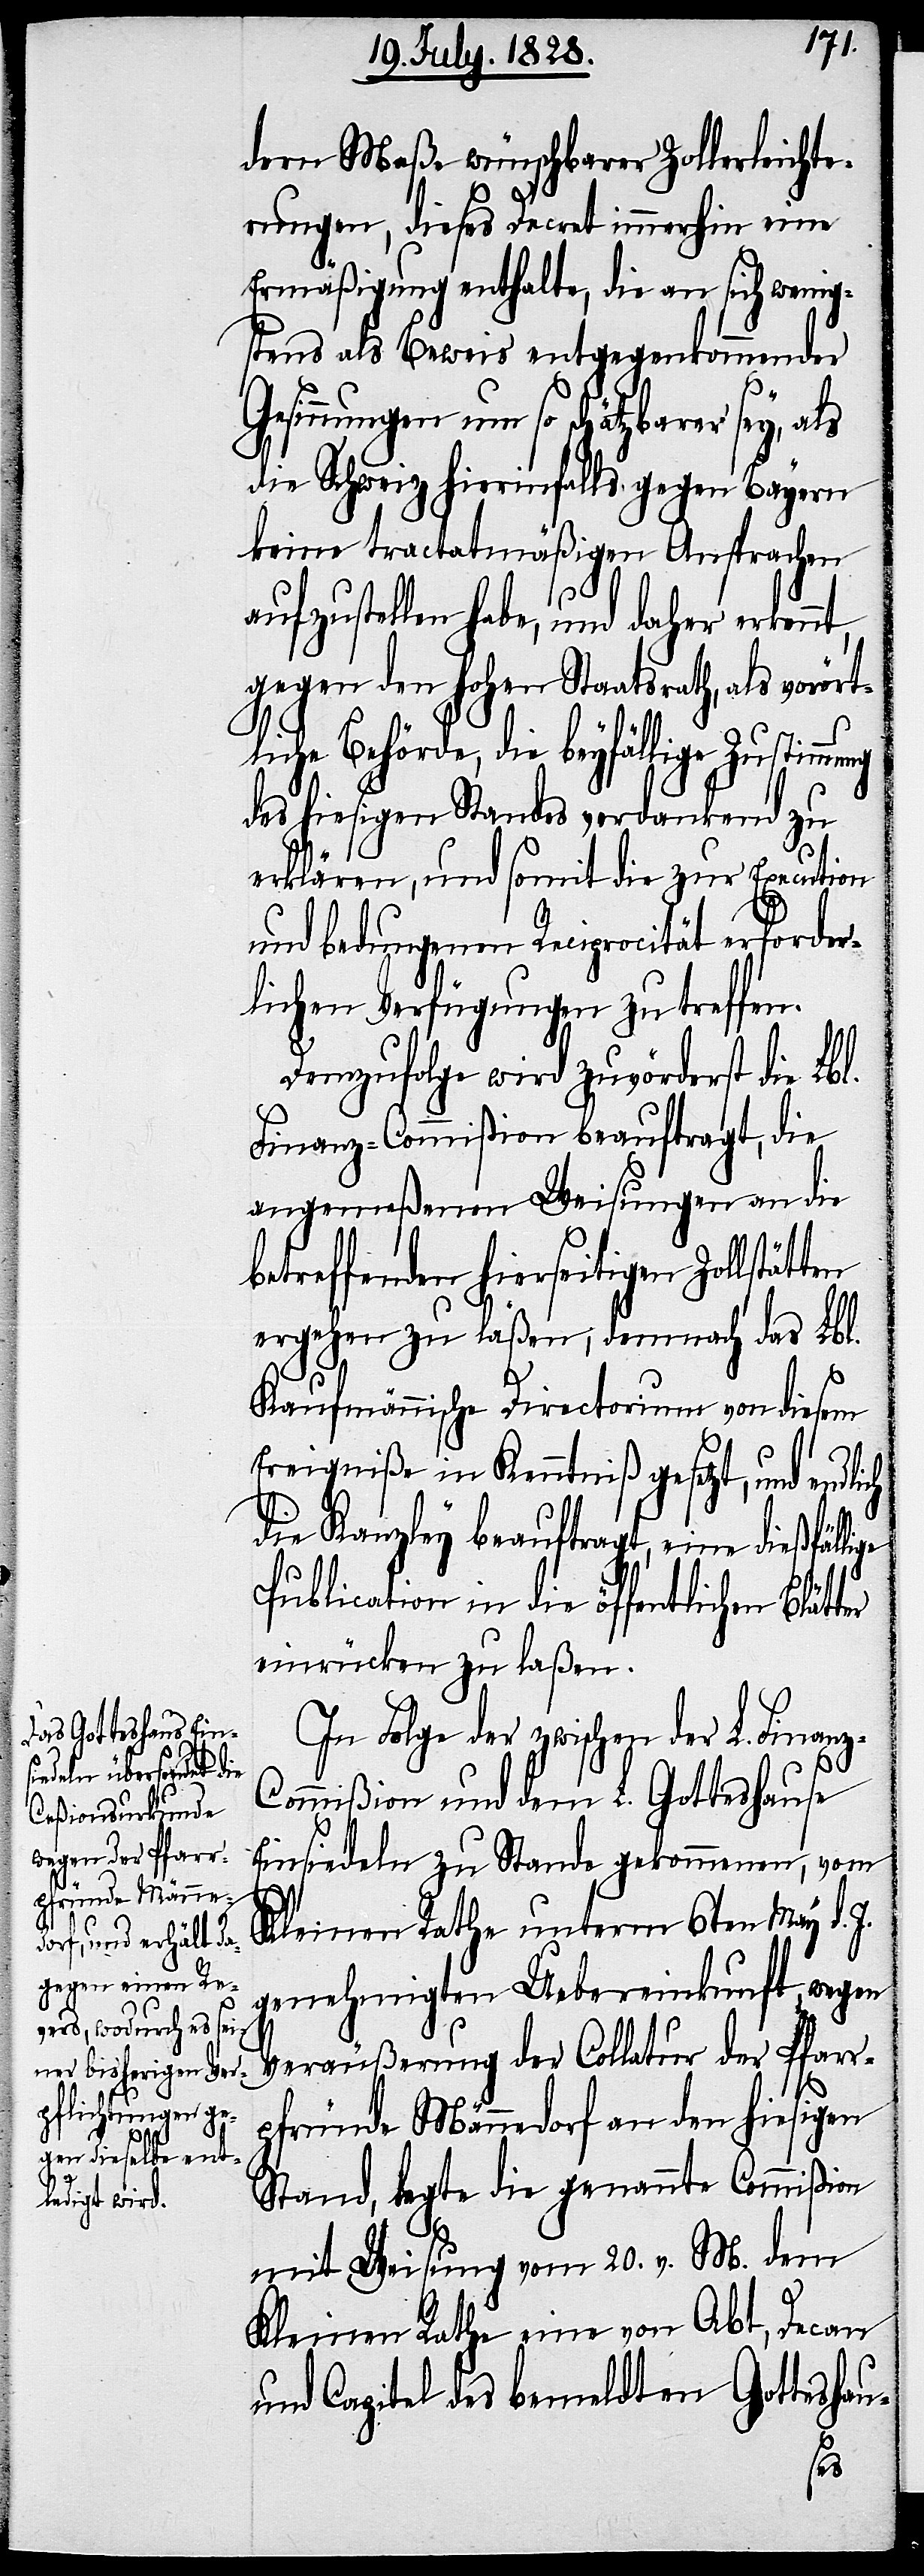
ie beyfällige
t,
z-C¬
ige

dern Maße wünschbarer Zollerleichte¬
rungen, dieses Decret immerhin eine
Ermäßigung enthalte, die an sich wenig¬
stens als Beweis entgegenkommender
Gesinnungen um so schätzbarer sey,
die Schweiz hierinfalls gegen Bayern
keine tractatmäßigen Ansprachen
aufzustellen habe, und daher erkenn¬
gegen den hohen Staatsrath, als vorört¬
des hiesigen Standes verdankend zu
erklären, und somit die zur Execution
und bedungenen Reciprocität erforder¬
lichen Verfügungen zu treffen.
Demzufolge wird zuvörderst die Lbl.
Finanz-Commißion beauftragt, die
angemeßenen Weisungen an die
betreffenden hierseitigen Zollstät¬
ergehen zu laßen, demnach das Lbl.
Kaufmännische Directorium von diesem
Ereigniße in Kenntniß gesetzt, und endli¬
die Kanzley beauftragt, eine dießfäll¬
Publication in die öffentlichen Blät¬
einrücken zu laßen.
In Folge der zwischen der L. Finan¬
ommißion und dem L. Gotteshause
Einsiedeln zu Stande gekommenen, vom
Kleinen Rathe unterm 6ten May d. J.
genehmigten Uebereinkunft, wegen
Veräußerung der Collatur der Pfarr¬
pfründe Männedorf an den hiesigen
Stand, legte die genannte Commißion
mit Weisung vom 20. v. M. dem
Kleinen Rathe eine von Abt, Decan
und Capitel des bemeldten Gotteshau-
ter